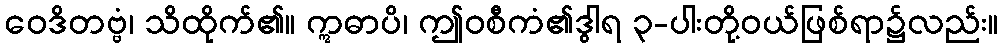
ဝေဒိတဗ္ဗံ၊ သိထိုက်၏။ ဣဓာပိ၊ ဤဝစီကံ၏ဒွါရ ၃-ပါးတို့ဝယ်ဖြစ်ရာ၌လည်း။